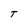
Character: T